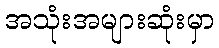
အသုံးအများဆုံးမှာ